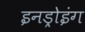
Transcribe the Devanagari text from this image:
इनड्रोइंग